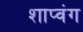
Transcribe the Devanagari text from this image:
शाप्वंग